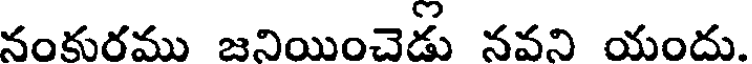
నంకురము జనియించెడు నవని యందు.